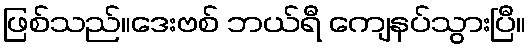
ဖြစ်သည်။ဒေးဗစ် ဘယ်ရီ ကျေနပ်သွားပြီ။